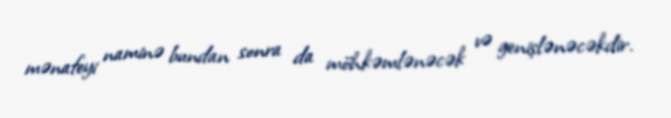
mənafeyi naminə bundan sonra da möhkəmlənəcək və genişlənəcəkdir.